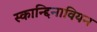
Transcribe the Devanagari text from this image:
स्कान्द्दिनावियन